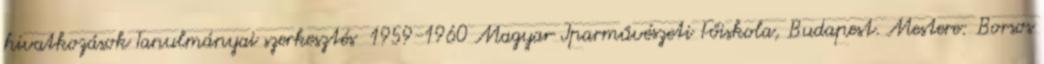
hivatkozások Tanulmányai szerkesztés 1959-1960 Magyar Iparművészeti Főiskola, Budapest. Mestere: Borsos